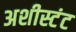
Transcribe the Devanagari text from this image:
अशीस्टंट